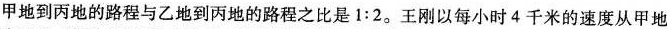
甲地到丙地的路程与乙地到丙地的路程之比是1:2。王刚以每小时4千米的速度从甲地